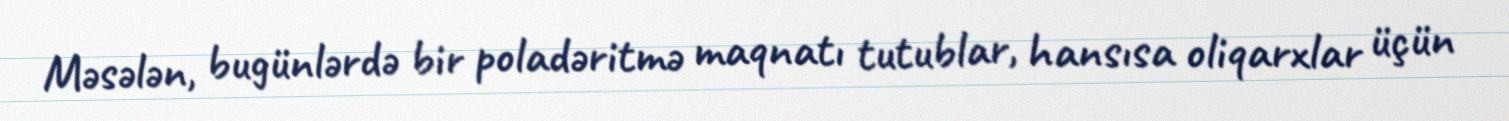
Məsələn, bugünlərdə bir poladəritmə maqnatı tutublar, hansısa oliqarxlar üçün